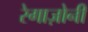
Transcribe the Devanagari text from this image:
रेगाज़ोनी